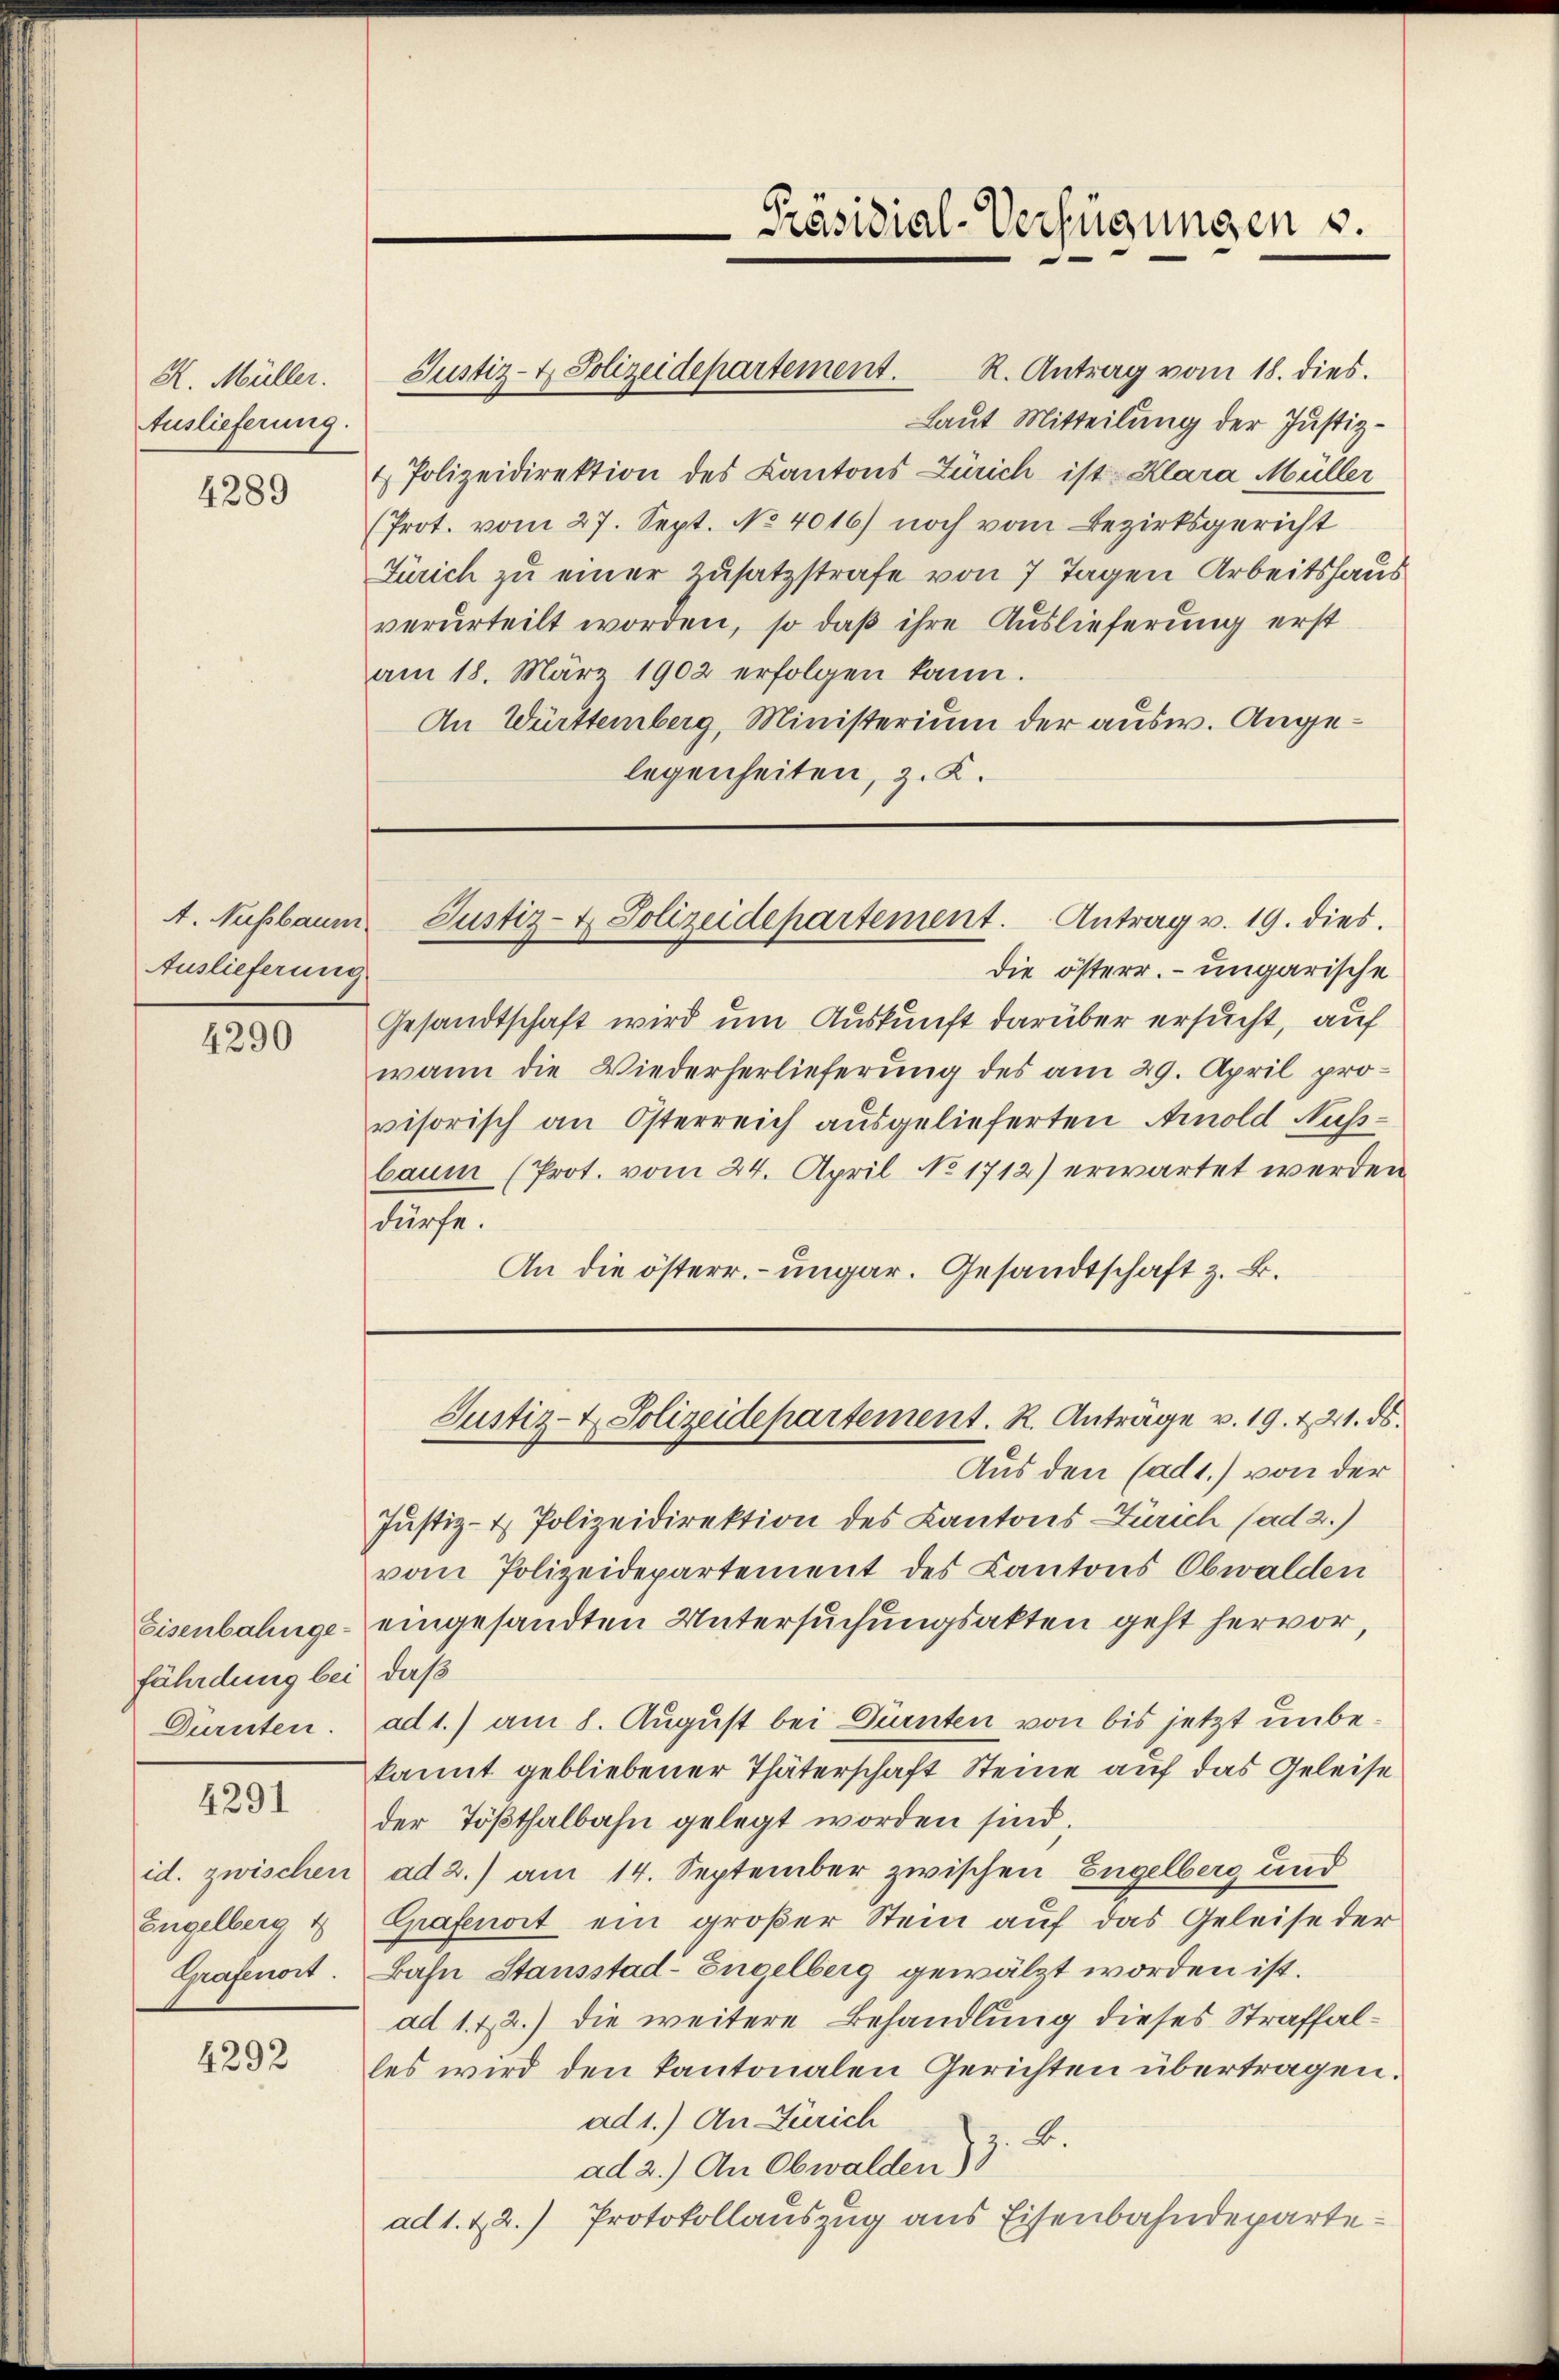
H. Müller.
Auslieferung.

4289

A. Nussbaum
Auslieferung

4290

Eisenbahngefährdung bei

4291

id. zwischen
Engelberg
Grafenort.

4292

Justiz- & Polizeidepartement. R. Antrag vom 18. dies.
Laut Mitteilung der Justiz¬
4 Polizeidirektion des Kantons Zürich ist Klara Müller
(Prot. vom 27. Sept. No. 4016) noch vom Bezirksgericht
Zürich zu einer Zusatzstrafe von 7 Tagen Arbeitshaus
verurteilt worden, so daß ihre Auslieferung erst
am 18. März 1902 erfolgen kann.
An Württemberg, Ministerium der ausw. Angelegenheiten, z. K.

Präsidial-Verfügungen s.

die österr. – ungarische
Gesandtschaft wird um Auskunft darüber ersucht, auf
wann die Wiederherlieferung des am 29. April pro-
visorisch an Österreich ausgelieferten Arnold Nuss-
baum (Prot. vom 24. April No 1712) erwartet werden
dürfe.
An die österr. ungar. Gesandtschaft z. B.

Justiz- & Polizeidepartement. Antrag v. 19. dies.

Aus den (ad1.) von der
Justiz- & Polizeidirektion des Kantons Zürich (ad 2.)
vom Polizeidepartement des Kantons Obwalden
eingesandten Untersuchungsakten geht hervor,
daß
Dürnten. ad 1.) am 8. August bei Dürnten von bis jetzt unbekannt gebliebener Thäterschaft Steine auf das Geleise
der Tößthalbahn gelegt worden sind,
ad 2.) am 14. September zwischen Engelberg und
Grafenort ein großer Stein auf das Geleise der
Bahn Stansstad-Engelberg gewälzt worden ist.
ad 1. & 2.) die weitere Behandlung dieses Straffalles wird den kantonalen Gerichten übertragen.
ad 1.) An Zürich
B.
ad 2.) An Obwalden)
ad 1. 22.) Protokollauszug aus Eisenbahndeparte¬

Justiz- & Polizeidepartement. R. Anträge v. 19. & 21. ds.